Indian journal of veterinary science and animal husbandry - Volumes 18-21, 1948-1951
Year: 1948
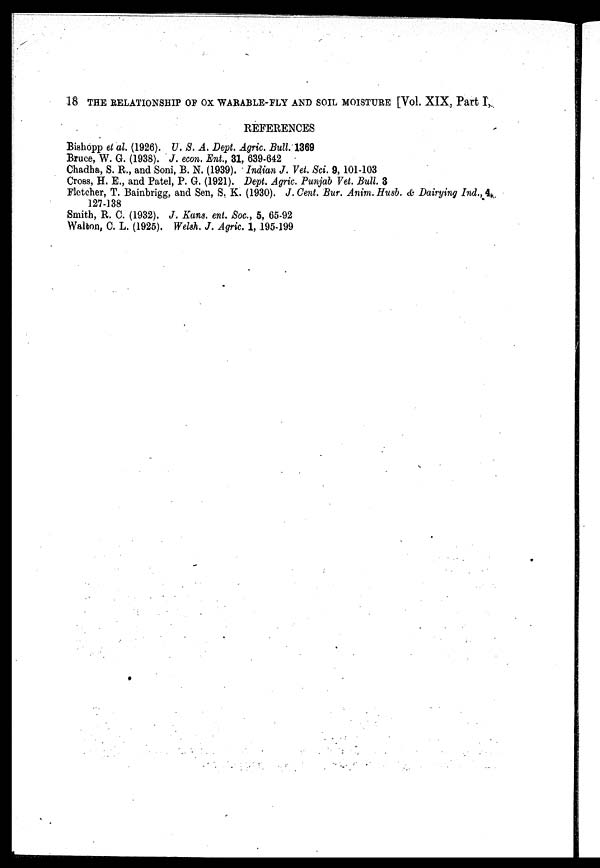
18 THE RELATIONSHIP OF OX WARABLE-FLY AND SOIL MOISTURE [Vol. XIX, Part I,
REFERENCES
Bishopp et al. (1926). U. S. A. Dept. Agric. Bull. 1369
Bruce, W. G. (1938). J. econ. Ent., 31, 639-642
Chadha, S. R., and Soni, B. N. (1939). Indian J. Vet. Sci. 9, 101-103
Cross, H. E., and Patel, P. G. (1921). Dept. Agric. Punjab Vet. Bull. 3
Fletcher, T. Bainbrigg, and Sen, S. K. (1930). J. Cent. Bur. Anim. Husb. & Dairying Ind., 4,
127-138
Smith, R. C. (1932). J. Kans. ent. Soc, 5, 65-92
Walton, C. L. (1925). Welsh. J. Agric. 1, 195-199